Indian journal of veterinary science and animal husbandry - Volume 4,
Year: 1934
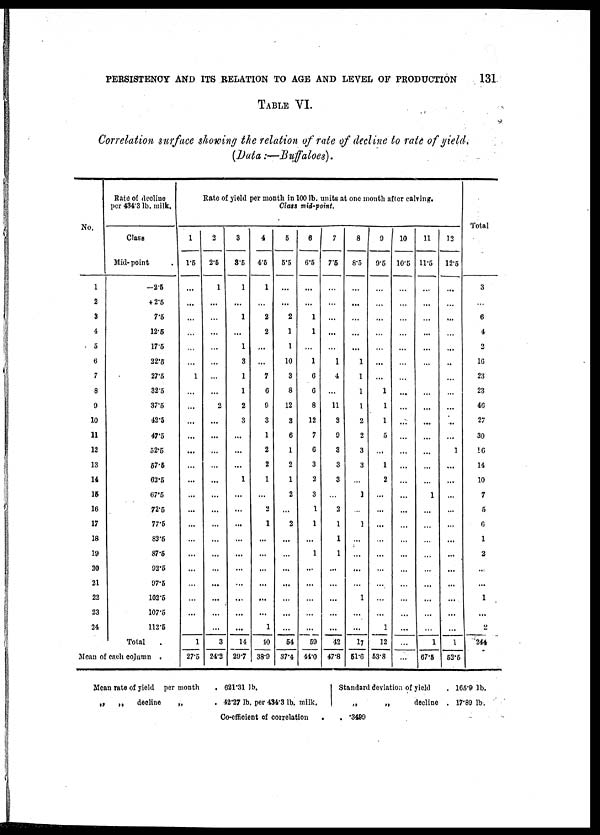
PERSISTENCY AND ITS RELATION TO AGE AND LEVEL OF PRODUCTION
131
TABLE VI.
Correlation surface showing the relation of rate of decline to raid of yield,
(Data:—Buffaloes).
No.
1
2
3
4
5
6
7
8
9
10
11
12
13
14
15
16
17
18
19
20
21
22
23
24
Rate of decline
per 434.3 lb. milk.
Class
Mid- point
-2.5
+ 2.5
7.5
12.5
17.5
22.5
27.5
32.5
37.5
42.5
47.5
52.5
57.5
62.5
67.5
72.5
77.5
82.6
87.5
92.5
97.5
102.5
107.5
112.5
Total .
Mean of each column.
Rate of yield per month in 100 lb. units at one month after calving.
Class mid-point.
1
1.5
...
...
...
...
...
..
1
...
...
...
...
...
...
...
...
...
...
...
...
...
...
...
...
...
1
27.5
2
2.5
1
...
...
...
...
...
...
...
2
...
...
...
...
...
...
...
...
...
...
...
...
...
...
...
3
24.2
3
3.5
1
...
1
...
1
3
1
1
2
3
...
...
...
1
..
...
...
...
...
...
...
...
...
...
14
29.7
4
4.5
1
...
2
2
...
...
7
6
9
3
1
2
2
1
...
2
1
...
...
....
...
...
...
1
40
38.9
5
5.5
...
...
2
1
1
10
3
8
12
3
6
1
2
1
2
...
2
...
...
...
...
...
...
..
54
37.4
6
6.5
...
...
1
1
...
1
6
6
8
12
7
6
3
2
3
1
1
..
1
...
...
...
...
...
59
44.0
7
7.5
...
...
...
...
...
1
4
...
11
3
9
3
3
3
...
2
1
1
1
...
...
...
...
..
42
47.8
8
8.5
...
...
...
...
...
1
1
1
1
2
2
3
3
...
1
...
1
...
...
...
...
1
...
...
17
51.6
9
9.5
...
...
...
...
...
...
....
1
1
1
5
...
1
2
...
..
...
...
...
...
...
...
...
1
12
53.8
10
10.5
...
...
...
...
...
...
...
...
...
...
...
...
...
...
...
...
...
...
...
...
...
...
...
...
...
...
11
11.5
...
...
...
...
...
...
...
...
...
....
...
...
...
...
1
...
...
...
...
...
...
...
...
...
1
67.5
12
12.5
...
...
...
...
...
..
...
...
...
...
...
1
...
...
...
...
...
...
...
...
...
...
...
...
1
52.5
Total
3
...
6
4
2
16
23
23
46
27
30
16
14
10
7
5
6
1
2
...
...
1
...
2
244
„
Mean rate of yield per month
„
„
decline
„
. 621.31 lb.
. 42.27 lb. per 434.3 lb. milk.
Co-efficient of correlation
.
Standard deviation of yield
„
„
decline
. .3499
. 165.9 lb.
. 17.89 lb.